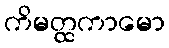
ကိမတ္ထကာမော